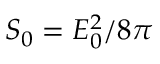
S _ { 0 } = E _ { 0 } ^ { 2 } / 8 \pi